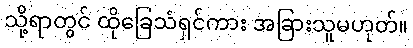
သို့ရာတွင် ထိုခြေသံရှင်ကား အခြားသူမဟုတ်။